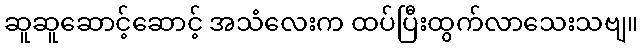
ဆူဆူဆောင့်ဆောင့် အသံလေးက ထပ်ပြီးထွက်လာသေးသဗျ။